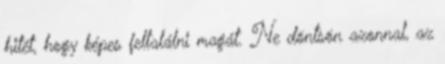
hitét, hogy képes feltalálni magát. Ne döntsön azonnal, az